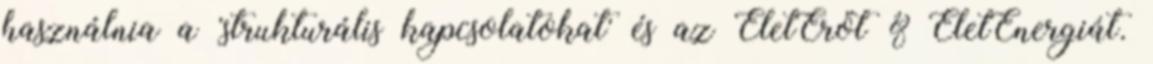
használnia a 'strukturális kapcsolatokat' és az ÉletErőt & ÉletEnergiát.